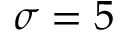
\sigma = 5